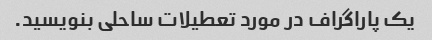
یک پاراگراف در مورد تعطیلات ساحلی بنویسید.